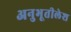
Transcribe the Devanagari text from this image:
अनुभूतीलेश